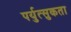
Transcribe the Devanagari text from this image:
पर्युत्सुकता